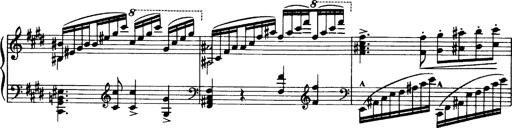
Title: OuvertÃ¼re zu TannhÃ¤user
Composer: Franz Liszt